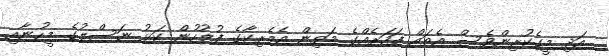
އަދި މީގެކުރިންވެސް އެތައް ފަހަރެއްގެ މަތިން އެމެރިކާގެ ފުލުހުން ކަޅު ނަސްލުގެ މީހުނާއި